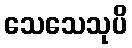
သေသေသုပိ